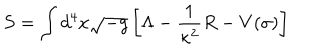
LaTeX: S = \int d ^ { 4 } x \sqrt { - g } \left[ \Lambda - { \frac { 1 } { \kappa ^ { 2 } } } R - V ( \sigma ) \right]